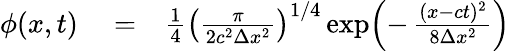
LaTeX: \begin{array}{rlr}{\phi(x,t)}&{{}=}&{\frac{1}{4}\left(\frac{\pi}{2c^{2}\Delta x^{2}}\right)^{1/4}\exp\! \left(-\, \frac{(x-ct)^{2}}{8\Delta x^{2}}\right)}\end{array}